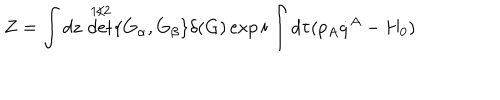
Z = \int d z \, \det ^ { 1 / 2 } \{ G _ { \alpha } , G _ { \beta } \} \delta ( G ) \exp i \int d \tau ( p _ { A } \dot { q } ^ { A } - H _ { 0 } )